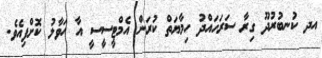
އދ ކުނބުރުދޫ ގިރާ ސަރަހައްދު ހިމާޔަތް ކުރަން އެމްޓީސީސީ އާ ހަވާލު ކޮށްފިއެވެ.